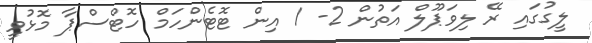
ލީގުގައި ރޭ ލިވަޕޫލް އަތުން 2- 1 އިން ޓޮޓެންހަމް ހޮޓްސްޕާ މޮޅުވީ